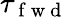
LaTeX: \tau_{\mathrm{~f~w~d~}}